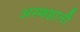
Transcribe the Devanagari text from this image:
अस्फहानी